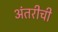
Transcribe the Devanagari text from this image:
अंतरीची